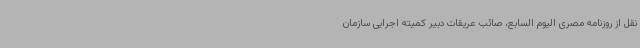
نقل از روزنامه مصری الیوم السابع، صائب عریقات دبیر کمیته اجرایی سازمان